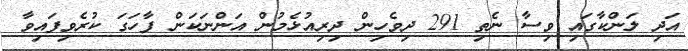
އަދި ލަންކާގައި ވިސާ ނެތި 291 ދިވެހިން ދިރިއުޅެމުން އަންނަކަން ފާހަގަ ކުރެވިފައިވާ